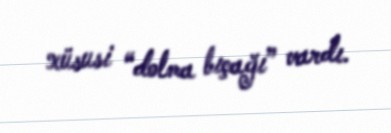
xüsusi “dolma bıçağı” vardı.